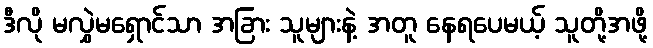
ဒီလို မလွှဲမရှောင်သာ အခြား သူများနဲ့ အတူ နေရပေမယ့် သူတို့အဖို့